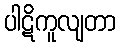
ပါဋိကူလျတာ